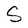
Character: S